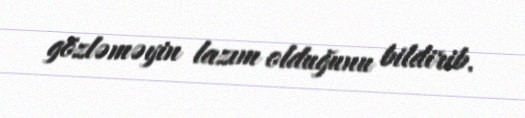
gözləməyin lazım olduğunu bildirib.